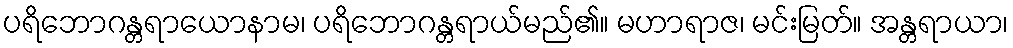
ပရိဘောဂန္တရာယောနာမ၊ ပရိဘောဂန္တရာယ်မည်၏။ မဟာရာဇ၊ မင်းမြတ်။ အန္တရာယာ၊